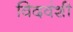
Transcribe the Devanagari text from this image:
विदवंशी